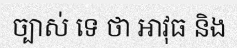
ច្បាស់ ទេ ថា អាវុធ និង